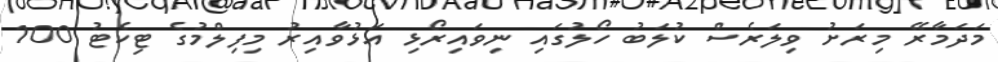
މަދަމާރޭ މިރަށު ވިލަރެސް ކުލަބު ހޯލުގައި ނިވައިރޯޅި އަޅުވާއިރު މިފިލްމުގެ ޓިކެޓު 100